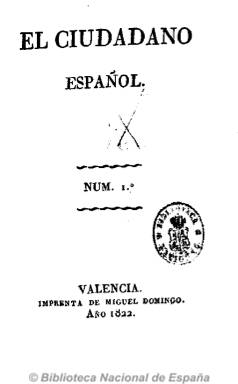
Título: El Ciudadano español (Valencia)
Colección: Periódicos anteriores a 1850
Ámbito geográfico: Valencia
Lugar de publicación: Valencia
Fechas: 01/01/1822-31/12/1822

Periódico del Trienio Liberal valenciano que, como su título expresa, tiene un carácter constitucionalista, liberal y patriótico y anti servil. Sus dos primeros números, de 1822, que conserva la Biblioteca Nacional España, incluyen artículos doctrinales y sobre los acontecimientos políticos ocurridos en esta ciudad, en concreto sobre la insurrección de los artilleros los días 30 y 31 de mayo, así como un texto en verso y un breve de carácter sarcástico. De 16 páginas, fue impreso por Miguel Domingo.